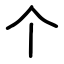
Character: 个